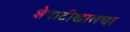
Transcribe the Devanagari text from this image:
शेपाटीखालचा